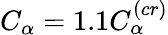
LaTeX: C_{\alpha}=1.1C_{\alpha}^{(cr)}